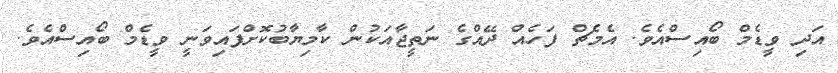
އަދި ވީޑެމް ބޯއިސްއެވެ. އެމެޗް ފަހެއް ދޭއްގެ ނަތީޖާއަކުން ކާމިޔާބުކޮށްފައިވަނީ ވީޑެމް ބޯއިސްއެވެ.